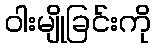
ဝါးမျိုခြင်းကို